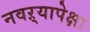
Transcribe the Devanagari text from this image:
नवऱ्यापेक्षा